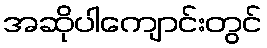
အဆိုပါကျောင်းတွင်